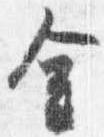
金